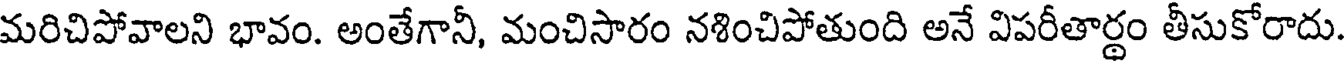
మరిచిపోవాలని భావం. అంతేగానీ, మంచిసారం నశించిపోతుంది అనే విపరీతార్థం తీసుకోరాదు.